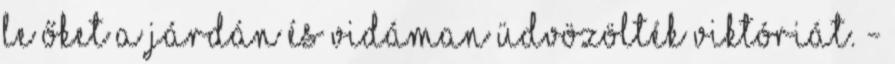
le őket a járdán és vidáman üdvözölték Viktóriát. -